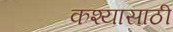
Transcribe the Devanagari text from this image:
कश्यासाठी